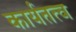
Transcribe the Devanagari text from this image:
कार्यतत्व